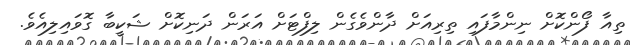
ތިއާ ފޯންކޮށް ނިންމާފައި ތިރިއަށް ދާންވެގެން ލިފްޓަށް އަރަން ދަނިކޮށް ޝަކީބާ ގޮވައިލިއެވެ.